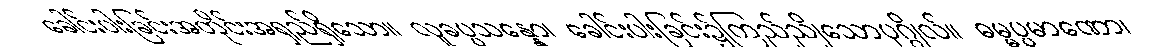
ခေါင်းပါးခြင်းအတိုင်းအရှည်ရှိသော။ လူခပ္ပသန္နော၊ ခေါင်းပါးခြင်း၌ကြည်ညိုသောပုဂ္ဂိုလ်။ ဓမ္မပ္ပမာဏော၊